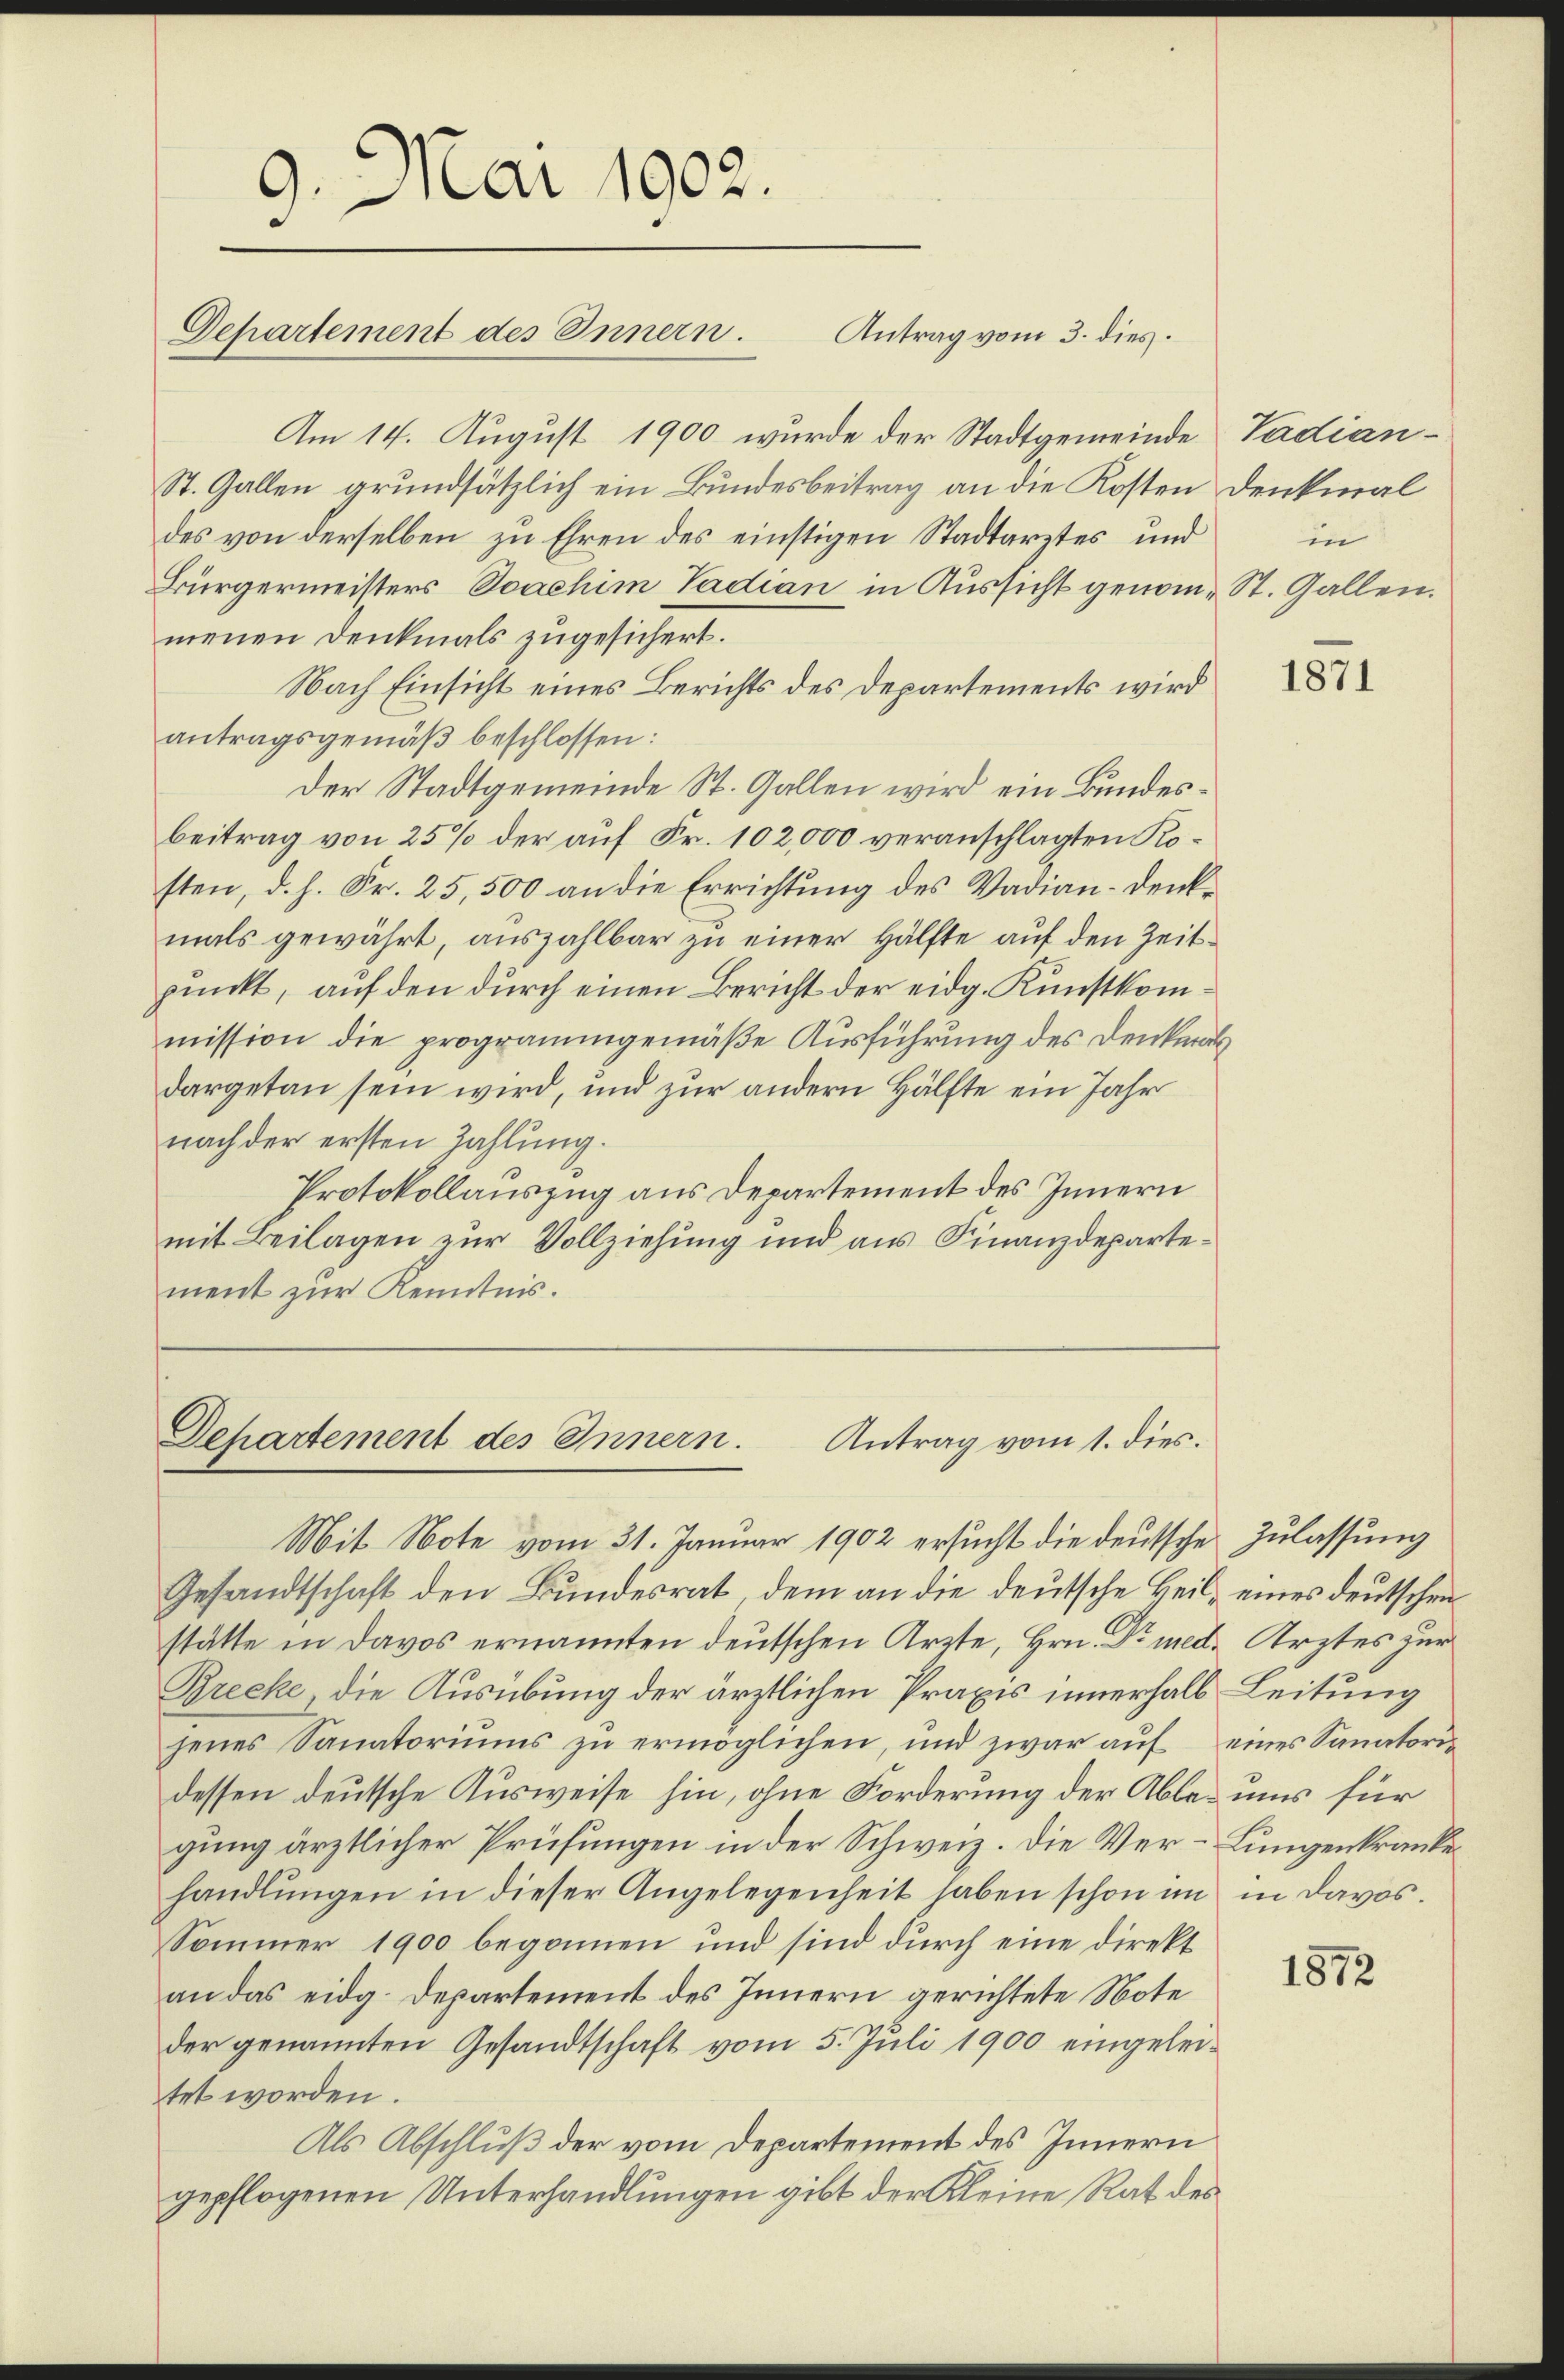
Am 14. August 1900 wurde der Stadtgemeinde Vadian¬
St. Gallen grundsätzlich ein Bundesbeitrag an die Kosten Denkmal
des von derselben zu Ehren des einstigen Stadtarztes und
Bürgermeisters Joachim Tadian in Aussicht genom- St. Gallen.
menen Denkmals zugesichert.
Nach Einsicht eines Berichts des Departements wird
antragsgemäß beschlossen:
Der Stadtgemeinde St. Gallen wird ein Bundesbeitrag von 25% der auf Fr. 102,000 veranschlagten Kosten, d. h. Fr. 25,500 an die Errichtung des Vadian-Denkmals gewährt, auszahlbar zu einer Hälfte auf den Zeitpunkt, auf den durch einen Bericht der eidg. Kunstkommission die programmgemäße Ausführung des Denkmal
dargetan sein wird, und zur andern Hälfte ein Jahr
nach der ersten Zahlung.
Protokollauszug aus Departement des Innern
mit Beilagen zur Vollziehung und aus Finanzdepartement zur Kenntnis.

.
Aar 1902.
3
Departement des Innern.

Antrag vom 3. dies.

Departement des Innern. Antrag vom 1. dies

Mit Note vom 31. Januar 1902 ersucht die deutsche Zulassung
Gesandtschaft den Bundesrat, dem an die deutsche Heil, eines deutschen
stätte in Davos ernannten deutschen Arzte, Hrn. Dr med. Arztes zur
Brecke, die Ausübung der ärztlichen Praxis innerhalb Leitung
jenes Sanatoriums zu ermöglichen, und zwar auf eines Sanatoridessen deutsche Ausweise hin, ohne Forderung der Ables uns für
gung ärztlicher Prüfungen in der Schweiz. Die Ver-Lungenkrankehandlŭngen in dieser Angelegenheit haben schon im in Davos.
Sommer 1900 begonnen und sind durch eine direkt
an das eidg. Departement des Innern gerichtete Note
der genannten Gesandtschaft vom 5. Juli 1900 eingeleitet worden.
Als Abschluß der vom Departement des Innern
gepflogenen Unterhandlungen gibt der Kleine Rat des

in

1871

1872